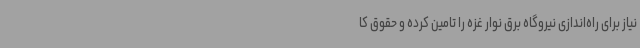
نیاز برای راه‌اندازی نیروگاه برق نوار غزه را تامین کرده و حقوق کا